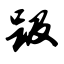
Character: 趿